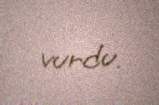
vurdu.